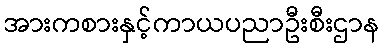
အားကစားနှင့်ကာယပညာဦးစီးဌာန